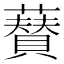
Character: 𮒟